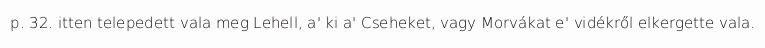
p. 32. itten telepedett vala meg Lehell, a' ki a' Cseheket, vagy Morvákat e' vidékről elkergette vala.